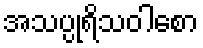
အသပ္ပုရိသဝါစော